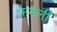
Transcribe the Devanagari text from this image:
फगली